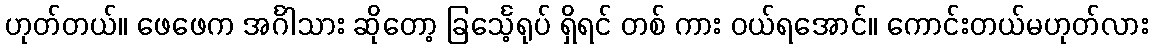
ဟုတ်တယ်။ ဖေဖေက အင်္ဂါသား ဆိုတော့ ခြင်္သေ့ရုပ် ရှိရင် တစ် ကား ဝယ်ရအောင်။ ကောင်းတယ်မဟုတ်လား